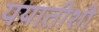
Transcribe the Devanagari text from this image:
ययातीशी